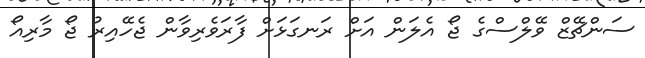
ސަންޗޭޒް ވޭލްސްގެ ޖޯ އެލަން އަށް ރަނގަޅަށް ފާރަވެރިވާން ޖެހޭއިރު ޖޯ މާރިއޯ